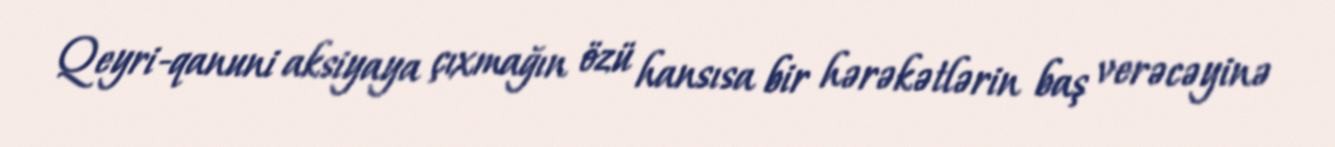
Qeyri-qanuni aksiyaya çıxmağın özü hansısa bir hərəkətlərin baş verəcəyinə